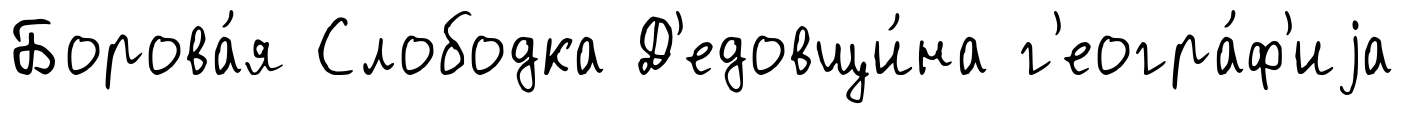
Борова́я Слободка Д'едовщи́на г'еогра́ф'иjа